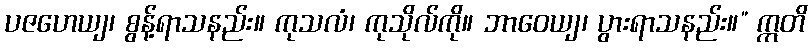
ပဇဟေယျ၊ စွန့်ရာသနည်း။ ကုသလံ၊ ကုသိုလ်ကို။ ဘာဝေယျ၊ ပွားရာသနည်း။” ဣတိ